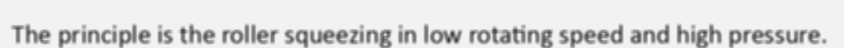
The principle is the roller squeezing in low rotating speed and high pressure.